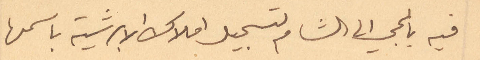
فيه بالمجيئ الى الشام لتسجيل أملاك الأبرشية باسمها